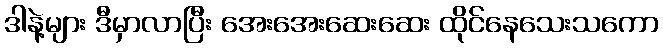
ဒါနဲ့များ ဒီမှာလာပြီး အေးအေးဆေးဆေး ထိုင်နေသေးသကော